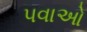
પવાઓ